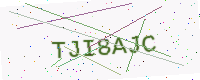
Text: TJI8AJC